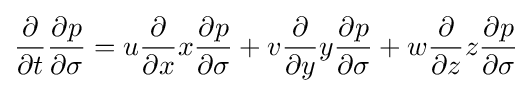
{\frac {\partial }{\partial t}}{\frac {\partial p}{\partial \sigma }}=u{\frac {\partial }{\partial x}}x{\frac {\partial p}{\partial \sigma }}+v{\frac {\partial }{\partial y}}y{\frac {\partial p}{\partial \sigma }}+w{\frac {\partial }{\partial z}}z{\frac {\partial p}{\partial \sigma }}